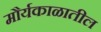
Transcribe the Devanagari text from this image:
मौर्यकाळातील